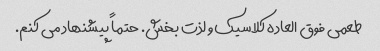
طعمی فوق العاده کلاسیک و لذت بخش. حتماً پیشنهاد می کنم.